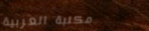
مكتبة العربية